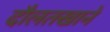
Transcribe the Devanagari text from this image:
दौलतखाने